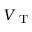
V _ { \mathrm { ~ T ~ } }